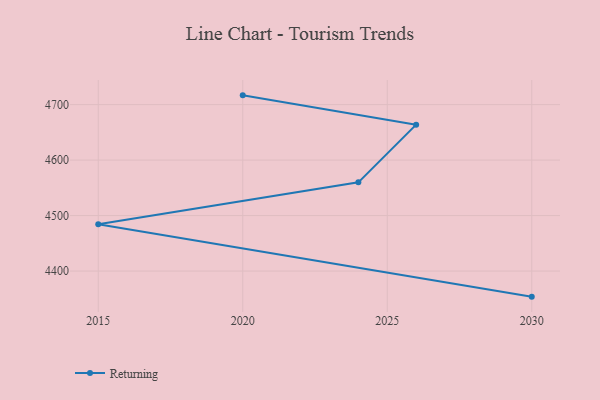
{"axis": {"x": "Year", "y": "Customer Acquisition Cost (USD)"}, "legend": ["Returning"], "data": [{"x": "2020", "y": 4716.7, "type": "Returning"}, {"x": "2026", "y": 4663.9, "type": "Returning"}, {"x": "2024", "y": 4559.9, "type": "Returning"}, {"x": "2015", "y": 4484.5, "type": "Returning"}, {"x": "2030", "y": 4353.9, "type": "Returning"}]}